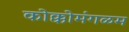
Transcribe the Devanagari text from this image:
कोक्कोमंगळम